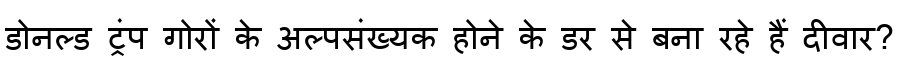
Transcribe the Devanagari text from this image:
डोनल्ड ट्रंप गोरों के अल्पसंख्यक होने के डर से बना रहे हैं दीवार?